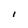
Character: I